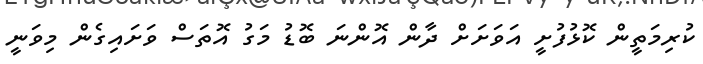
ކުރިމަތީން ކޮޅުފުށީ އަވަށަށް ދާން އޮންނަ ބޮޑު މަގު އޮތަސް ވަށައިގެން މިވަނީ